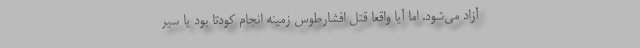
آزاد می‌شود. اما آیا واقعا قتل افشارطوس زمینه انجام کودتا بود یا سیر